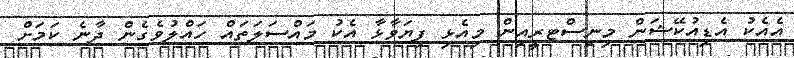
އެއެކު އެޑިއުކޭޝަން މިނިސްޓރީއިން މިއެޅި ފިޔަވާޅާ އެކު މައްސަލަތައް ހައްލުވެގެން ދާނެ ކަމަށް